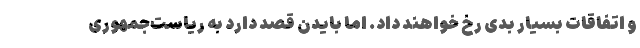
و اتفاقات بسیار بدی رخ خواهند داد. اما بایدن قصد دارد به ریاست‌جمهوری